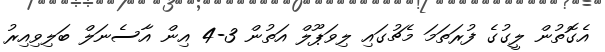
އެގޮތުން ލީގުގެ ފުރަތަމަ މެޗުގައި ލިވަޕޫލް އަތުން 3-4 އިން އާސެނަލް ބަލިވިއިރު